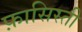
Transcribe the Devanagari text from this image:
फ़ासिस्ती